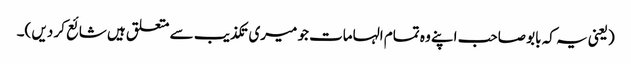
(یعنی یہ کہ بابو صاحب اپنے وہ تمام الہامات جو میری تکذیب سے متعلق ہیں شائع کر دیں )۔